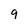
Character: 9